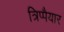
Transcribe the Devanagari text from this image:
त्रिप्पैयार